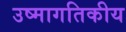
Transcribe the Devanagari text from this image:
उष्मागतिकीय